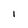
Character: l